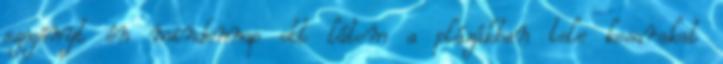
szegényt én mindennap ott látom a plázákban tele kosarakat